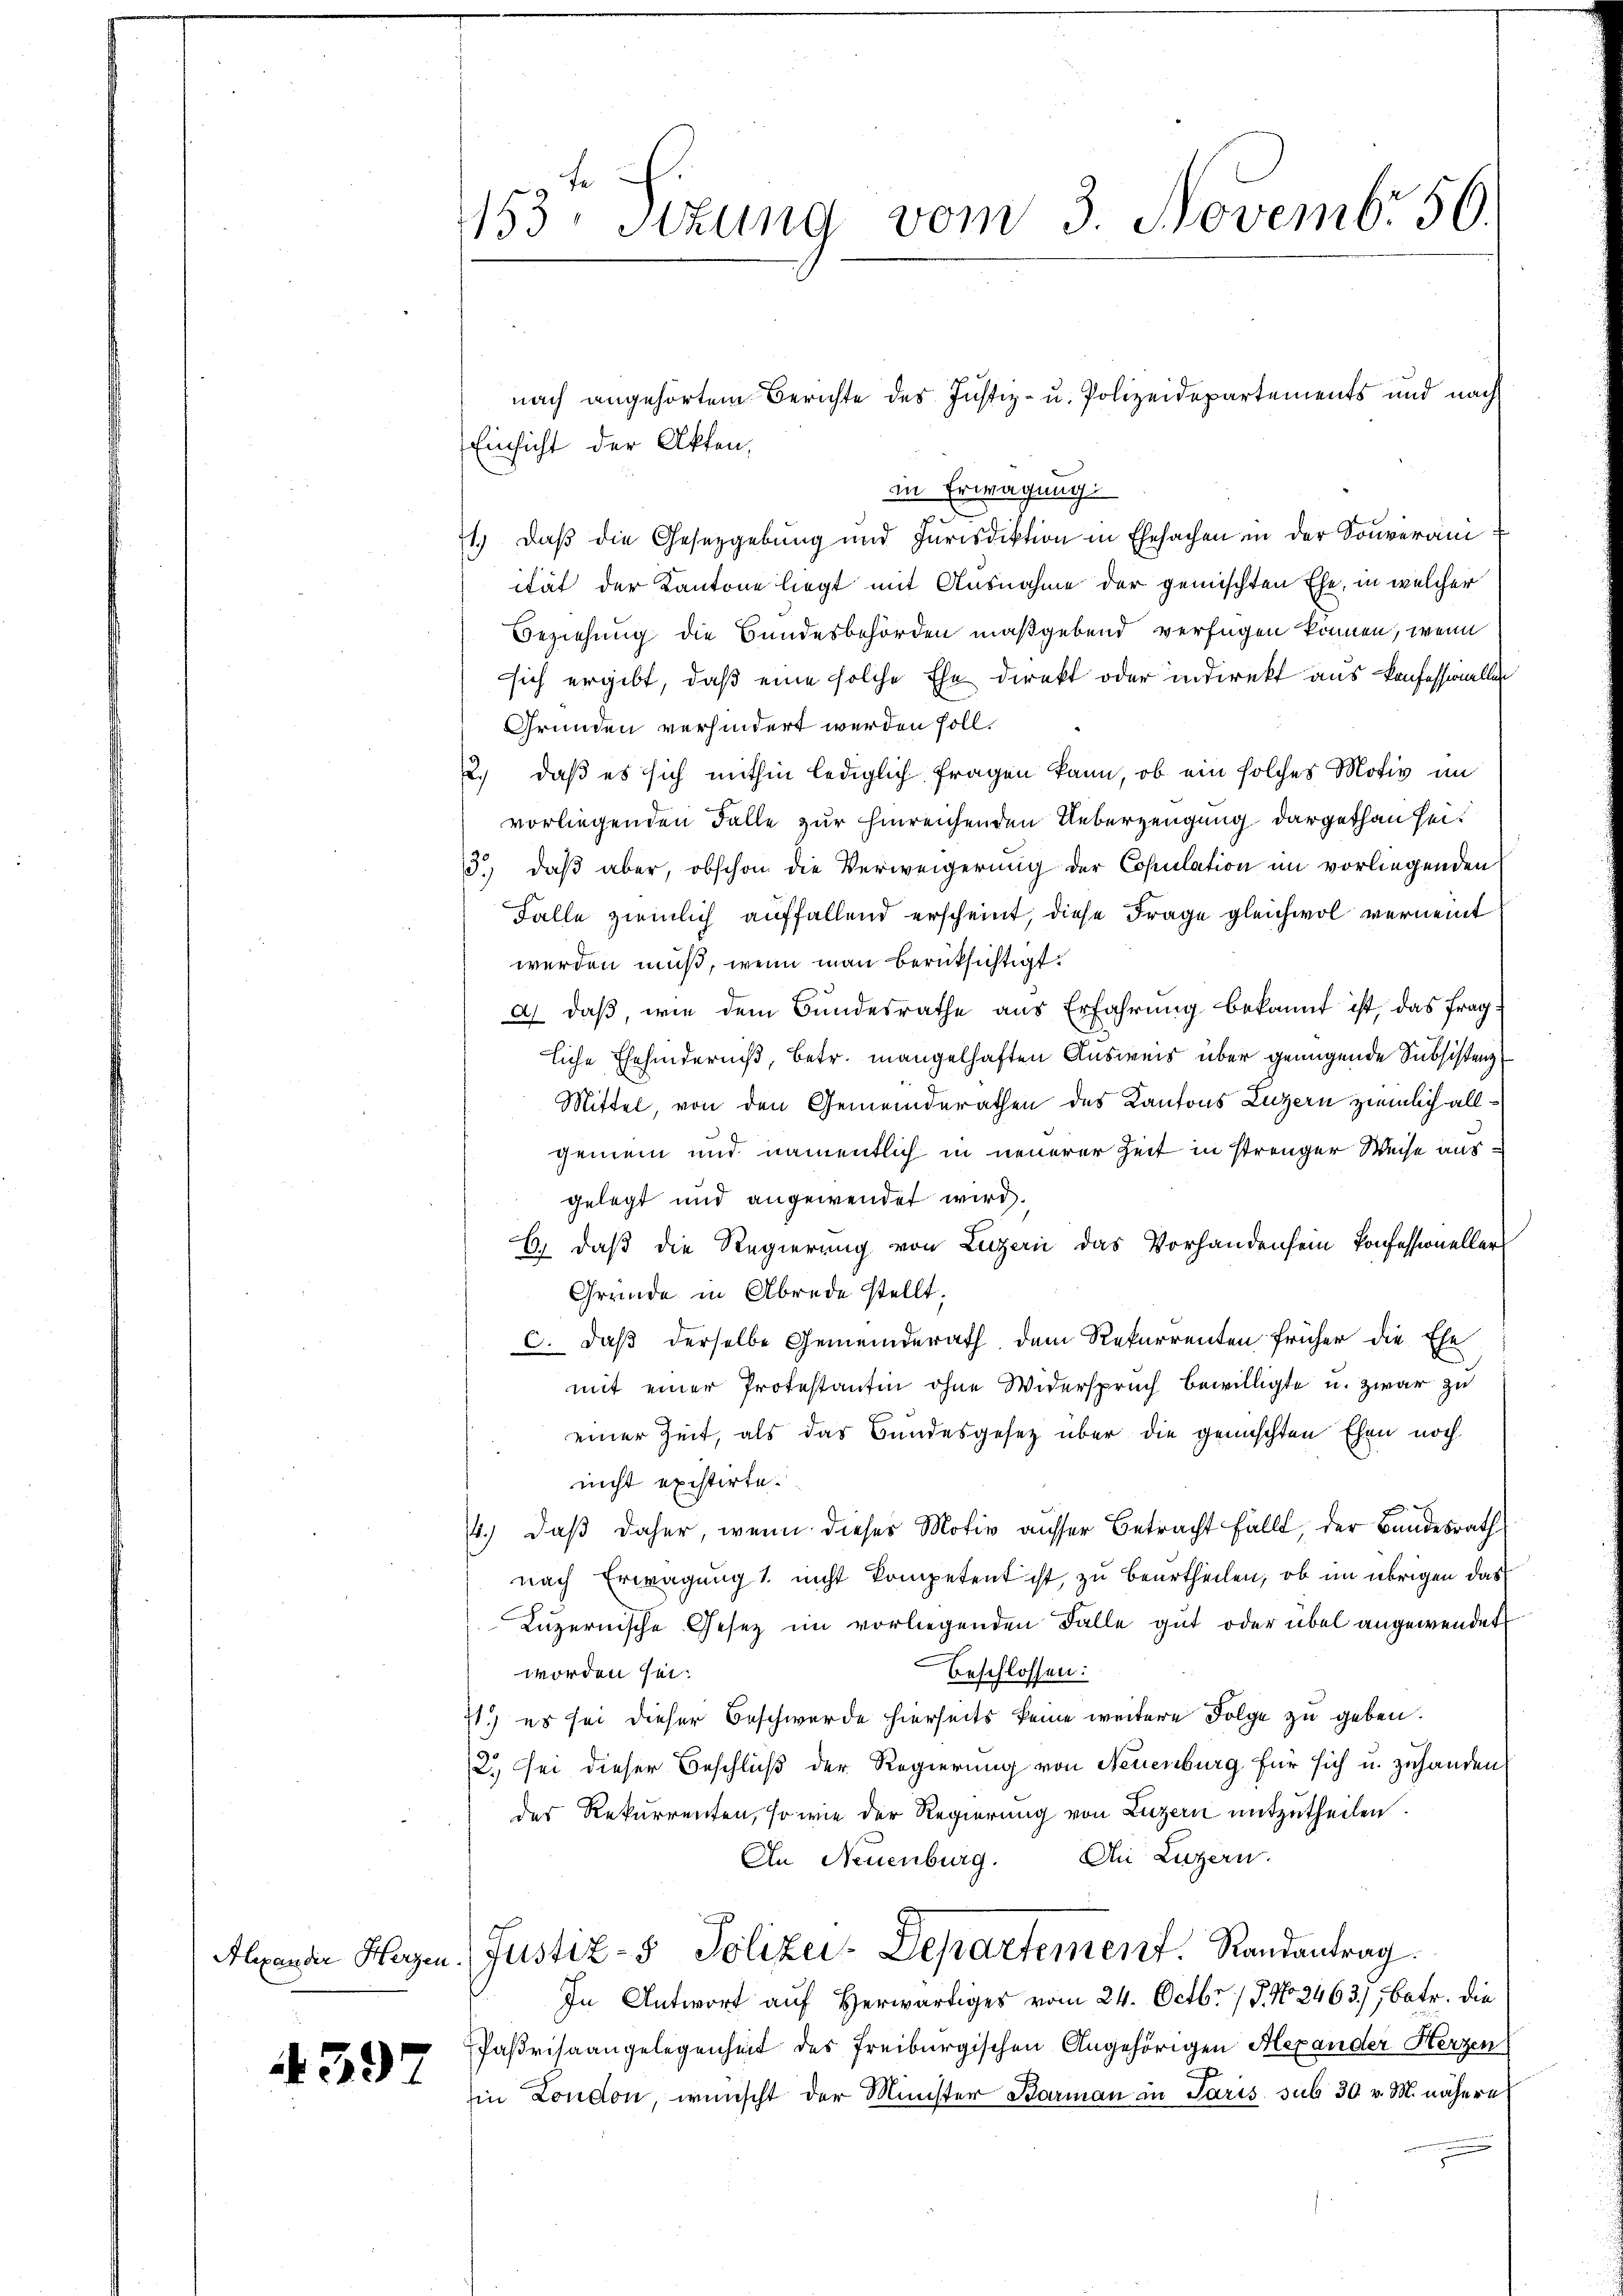
4397

153 sezung vom 3. Novembr 56.

Einsicht der Akten,
in Erwägung:
ge
71.) Daß die Gesetzgebung und Iurisdiktion in Ehesachen in der Souveran
ität der Kantone liegt mit Ausnahme der gemischten Ehe, in welcher
Beziehung die Bundesbehörden maßgebend verfügen können, wenn
sich ergibt, daß eine solche Ehe direkt oder indirekt aus konfessionelle
Gründen verhindert werden soll.
2.) daß es sich mithin lediglich fragen kann, ob ein solches Motiv im
vorliegenden Falle zur hinreichenden Ueberzeugung dargethan sei.
3.) daß aber, obschon die Verweigerung der Copulation im vorliegenden
Falle ziemlich auffallend erscheint, diese Frage gleichwol vernennt
werden muß, wenn man berücksichtigt.
a) daß, wie dem Bundesrathe aus Erfahrung bekannt ist, das fragliche Ehehinderniß, betr. mangelhaften Ausweis über genügende Subsistenz
Mittel, von den Gemeinderathen des Kantons Luzern ziemlich allgemein und namentlich in neuerer Zeit in strenger Weise ausgelegt und angewendet wird.
E. daß die Regierung von Luzern das Vorhandensein Konfessioneller
Gründe in Abrede stellt;
c. daß derselbe Gemeinderath, dem Rekurrenten früher die Ehe
mit einer Protestantin ohne Widerspruch bewilligte u. zwar zu
einer Zeit, als das Bundesgesetz über die gemischten Ehen noch
nicht existirte.
4.) daß daher, wenn dieser Motiv ausser Betracht fällt, der Bundesrath
nach Erwägung 1. nicht kompetent ist, zu beurtheilen, ob im übrigen das
Luzernische Gesetz im vorliegenden Fälle gut oder übel angewendet
Beschlossen:
worden sei.
71.) es sei dieser Beschwerde hierseits keine weitere Folge zu geben.
2., sei dieser Beschluß der Regierung von Neuenburg für sich u. zuhanden
der Rekurrenten, so wie der Regierung von Luzern mitzutheilen.
An Neuenburg. An Luzern.
Alexander Hagen Justiz- & Polizei-Departement. Randantrag.
In Antwort auf Herwärtiges vom 24. Octbr. / P. No. 2463), betr. die
Paßrisaangelegenheit des Freiburgischen Angehörigen Alexander Herzen
in London, wünscht der Minister Barmann in Paris sub 30 v. M. nähere

nach angehörtem Berichte des Justiz- u. Polizeidepartements und nach